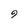
Character: 9